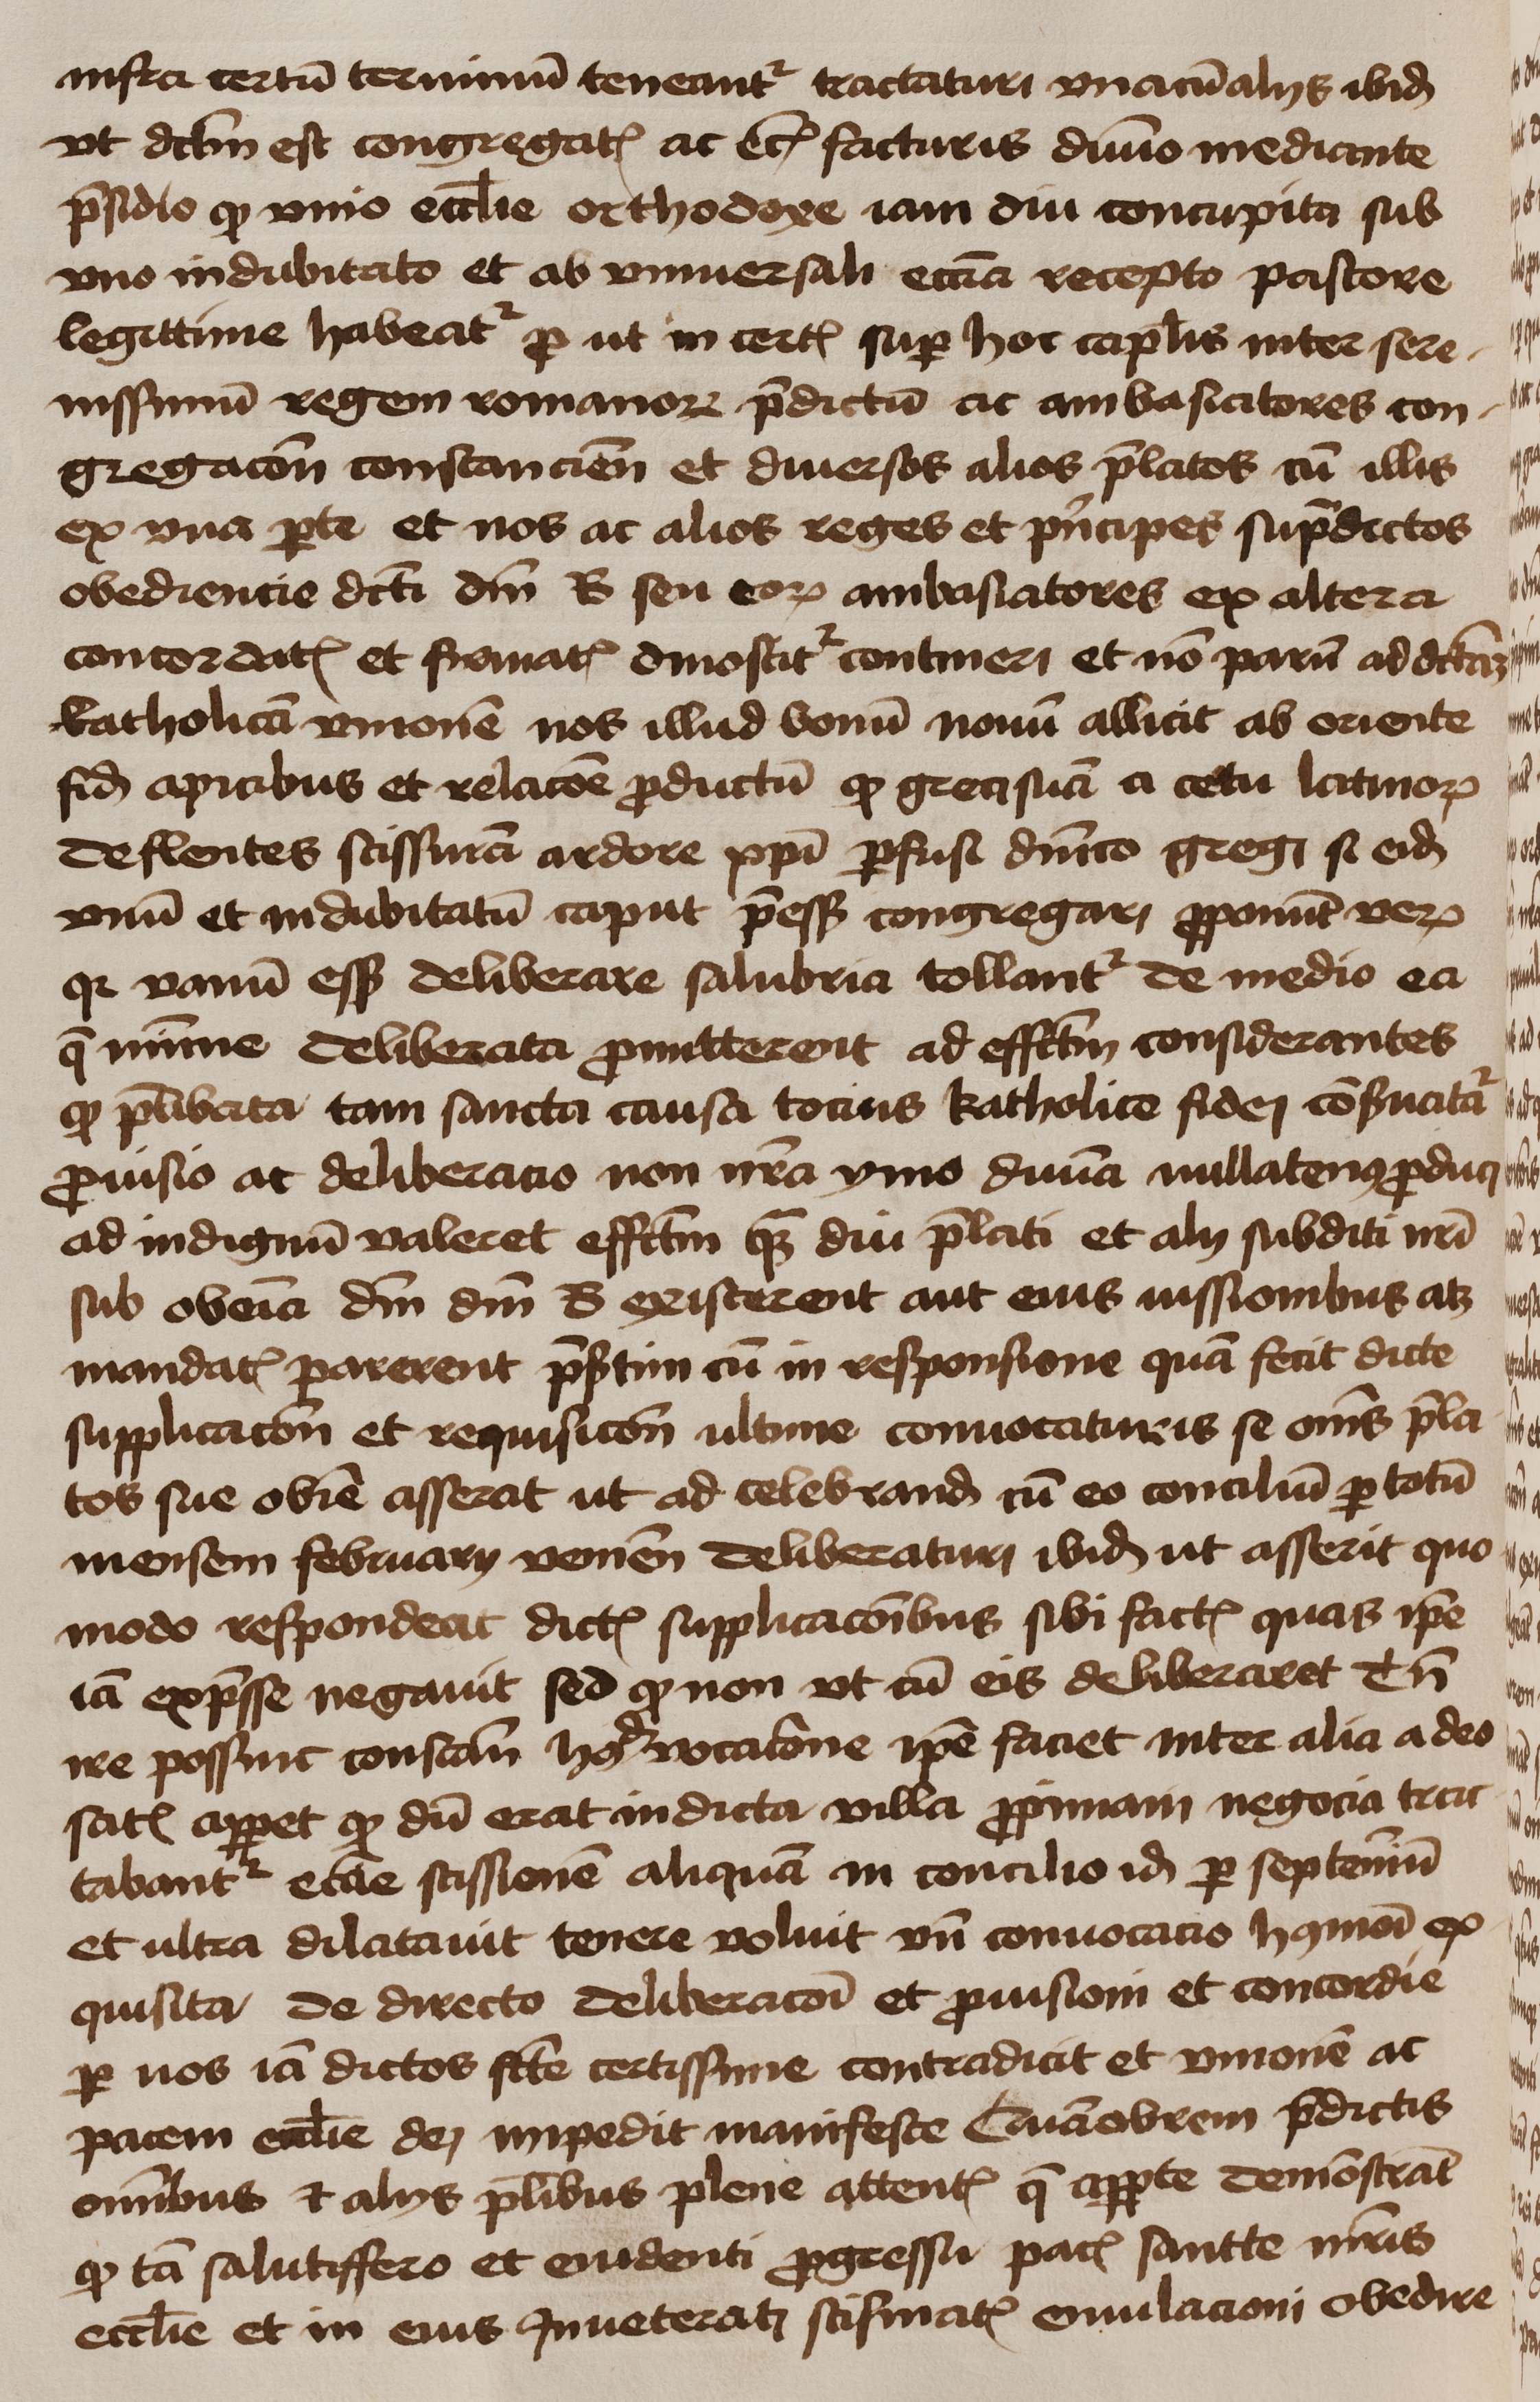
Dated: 1450–1474